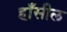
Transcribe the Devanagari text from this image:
हाँसील